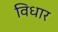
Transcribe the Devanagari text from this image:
विधार